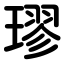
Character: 璆